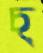
চ্